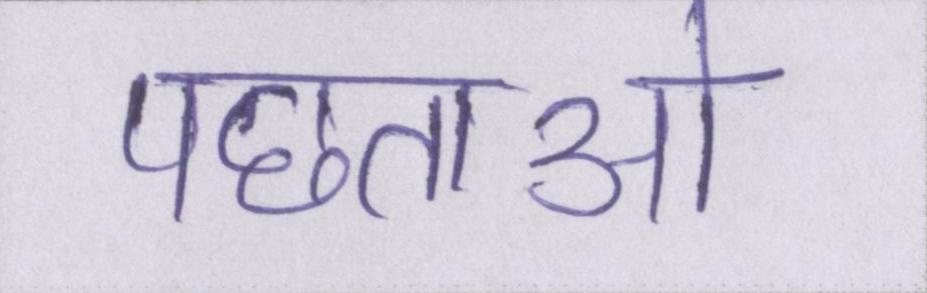
पछताओ